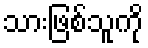
သားဖြစ်သူကို